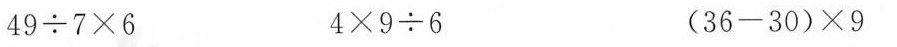
$$49\div7\times6$$ $$4\times9\div6$$ $$(36-30)\times9$$